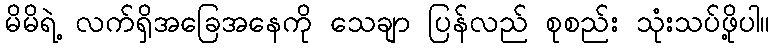
မိမိရဲ့ လက်ရှိအခြေအနေကို သေချာ ပြန်လည် စုစည်း သုံးသပ်ဖို့ပါ။